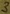
Text: 3